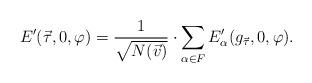
LaTeX: \begin{align*}E^{ \prime } ( \vec{\tau} , 0 , \varphi ) = \frac{ 1 }{ \sqrt{ N( \vec{v} )} } \cdot \sum_{\alpha \in F} E_\alpha'( g_{\vec{\tau}} , 0 ,\varphi).\end{align*}